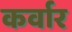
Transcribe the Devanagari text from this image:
कर्वार